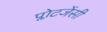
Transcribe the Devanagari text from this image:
प्लोटजेंसी